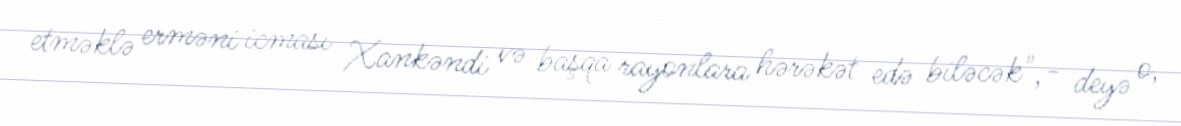
etməklə erməni icması Xankəndi və başqa rayonlara hərəkət edə biləcək",- deyə o,